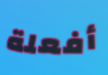
أفعلة